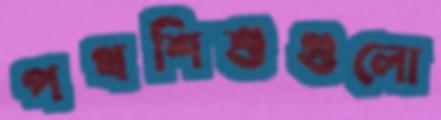
পথশিশুগুলো